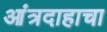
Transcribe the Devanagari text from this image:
आंत्रदाहाचा